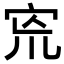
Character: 𡧬